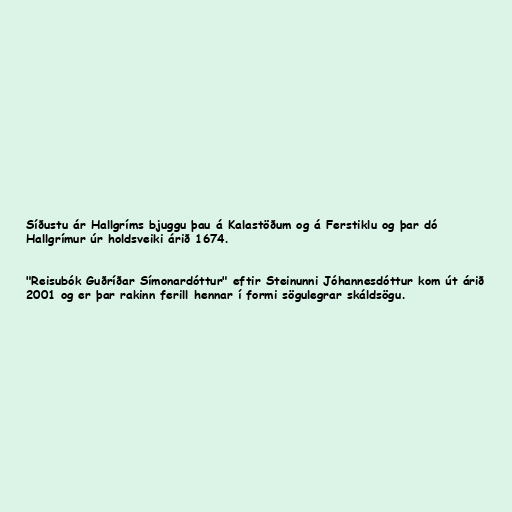
Síðustu ár Hallgríms bjuggu þau á Kalastöðum og á Ferstiklu og þar dó
Hallgrímur úr holdsveiki árið 1674.

"Reisubók Guðríðar Símonardóttur" eftir Steinunni Jóhannesdóttur kom út árið
2001 og er þar rakinn ferill hennar í formi sögulegrar skáldsögu.